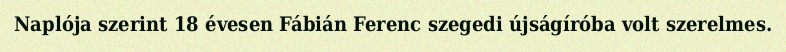
Naplója szerint 18 évesen Fábián Ferenc szegedi újságíróba volt szerelmes.